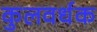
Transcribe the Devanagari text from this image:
कुलवर्धक